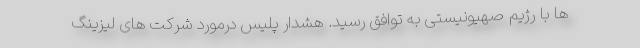
ها با رژیم صهیونیستی به توافق رسید. هشدار پلیس درمورد شرکت های لیزینگ